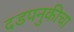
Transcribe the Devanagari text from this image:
दडपनुकीचा